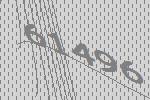
61496